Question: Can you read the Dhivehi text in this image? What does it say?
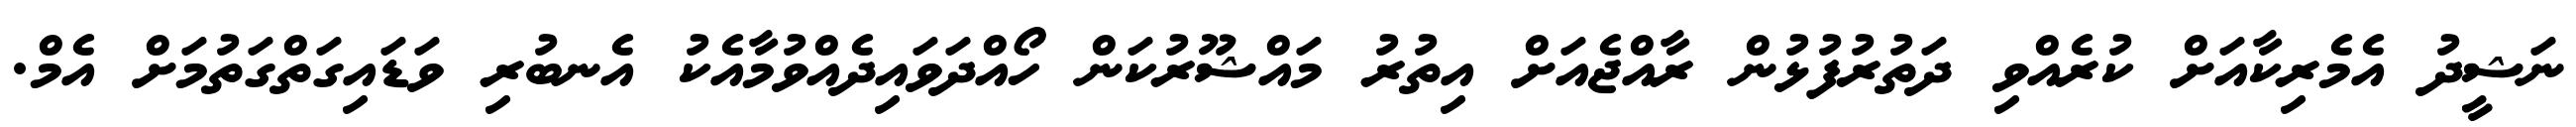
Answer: ނަޝީދު އެމެރިކާއަށް ކުރެއްވި ދަތުރުފުޅުން ރާއްޖެއަށް އިތުރު މައްޝޫރުކަން ހޯއްދަވައިދެއްވުމާއެކު އެނބުރި ވަޑައިގަތްގަތުމަށް އެމް.